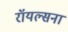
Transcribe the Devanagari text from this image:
रॉयल्सना